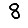
Digit: 8